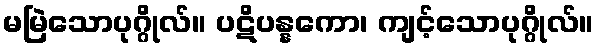
မမြဲသောပုဂ္ဂိုလ်။ ပဋိပန္နကော၊ ကျင့်သောပုဂ္ဂိုလ်။